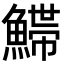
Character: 𩺌